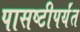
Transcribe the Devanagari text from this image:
पासष्टीपर्यंत